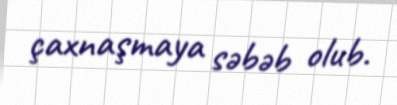
çaxnaşmaya səbəb olub.